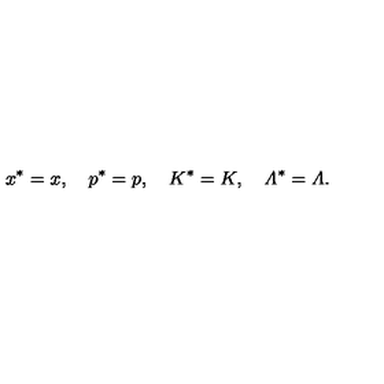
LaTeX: x ^ { * } = x , \quad p ^ { * } = p , \quad K ^ { * } = K , \quad { \mit \Lambda } ^ { * } = { \mit \Lambda } .